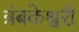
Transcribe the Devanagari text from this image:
त्रंबकेश्वरी